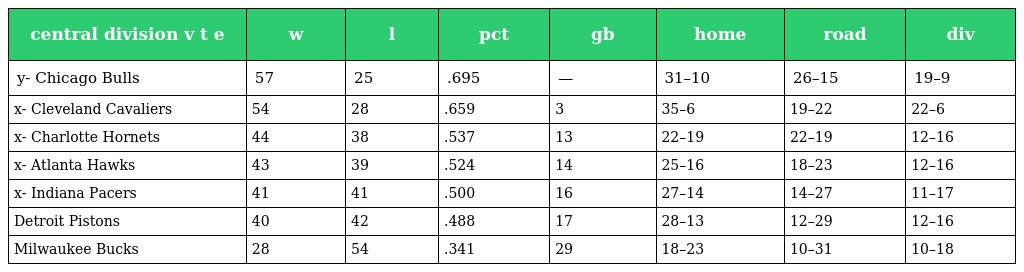
| central division v t e | w | l | pct | gb | home | road | div |
 | --- | --- | --- | --- | --- | --- | --- | --- |
 | y- Chicago Bulls | 57 | 25 | .695 | — | 31–10 | 26–15 | 19–9 |
 | x- Cleveland Cavaliers | 54 | 28 | .659 | 3 | 35–6 | 19–22 | 22–6 |
 | x- Charlotte Hornets | 44 | 38 | .537 | 13 | 22–19 | 22–19 | 12–16 |
 | x- Atlanta Hawks | 43 | 39 | .524 | 14 | 25–16 | 18–23 | 12–16 |
 | x- Indiana Pacers | 41 | 41 | .500 | 16 | 27–14 | 14–27 | 11–17 |
 | Detroit Pistons | 40 | 42 | .488 | 17 | 28–13 | 12–29 | 12–16 |
 | Milwaukee Bucks | 28 | 54 | .341 | 29 | 18–23 | 10–31 | 10–18 |